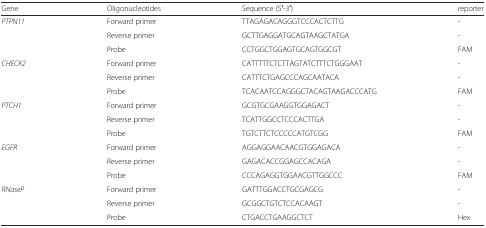
<table><thead><tr><td><b>Gene</b></td><td><b>Oligonucleotides</b></td><td><b>Sequence (5′-3′)</b></td><td><b>reporter</b></td></tr></thead><tbody><tr><td rowspan="3"><i>PTPN11</i></td><td>Forward primer</td><td>TTAGAGACAGGGTCCCACTCTTG</td><td>-</td></tr><tr><td>Reverse primer</td><td>GCTTGAGGATGCAGTAAGCTATGA</td><td>-</td></tr><tr><td>Probe</td><td>CCTGGCTGGAGTGCAGTGGCGT</td><td>FAM</td></tr><tr><td rowspan="3"><i>CHECK2</i></td><td>Forward primer</td><td>CATTTTTCTCTTAGTATCTTTCTGGGAAT</td><td>-</td></tr><tr><td>Reverse primer</td><td>CATTTCTGAGCCCAGCAATACA</td><td>-</td></tr><tr><td>Probe</td><td>TCACAATCCAGGGCTACAGTAAGACCCATG</td><td>FAM</td></tr><tr><td rowspan="3"><i>PTCH1</i></td><td>Forward primer</td><td>GCGTGCGAAGGTGGAGACT</td><td>-</td></tr><tr><td>Reverse primer</td><td>TCATTGGCCTCCCACTTGA</td><td>-</td></tr><tr><td>Probe</td><td>TGTCTTCTCCCCCATGTCGG</td><td>FAM</td></tr><tr><td rowspan="3"><i>EGFR</i></td><td>Forward primer</td><td>AGGAGGAACAACGTGGAGACA</td><td>-</td></tr><tr><td>Reverse primer</td><td>GAGACACCGGAGCCACAGA</td><td>-</td></tr><tr><td>Probe</td><td>CCCAGAGGTGGAACGTTGGCCC</td><td>FAM</td></tr><tr><td rowspan="3"><i>RNaseP</i></td><td>Forward primer</td><td>GATTTGGACCTGCGAGCG</td><td>-</td></tr><tr><td>Reverse primer</td><td>GCGGCTGTCTCCACAAGT</td><td>-</td></tr><tr><td>Probe</td><td>CTGACCTGAAGGCTCT</td><td>Hex</td></tr></tbody></table>